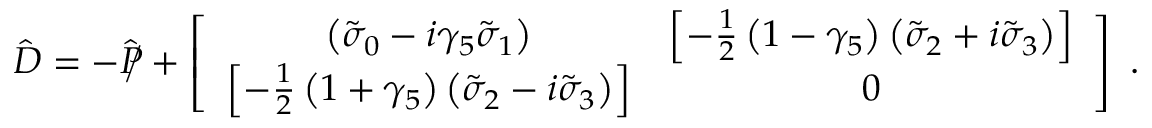
{ \hat { \cal { D } } } = - { { \hat { P } } \llap / } + \left[ \begin{array} { c c } { { \left( { \tilde { \sigma } } _ { 0 } - i { \gamma } _ { 5 } { \tilde { \sigma } } _ { 1 } \right) } } & { { \left[ - \frac { 1 } { 2 } \left( 1 - \gamma _ { 5 } \right) \left( { \tilde { \sigma } } _ { 2 } + i { \tilde { \sigma } } _ { 3 } \right) \right] } } \\ { { \left[ - \frac { 1 } { 2 } \left( 1 + \gamma _ { 5 } \right) \left( { \tilde { \sigma } } _ { 2 } - i { \tilde { \sigma } } _ { 3 } \right) \right] } } & { { 0 } } \end{array} \right] \ .